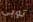
توبي